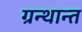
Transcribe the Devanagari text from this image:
ग्रन्थान्त